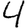
Digit: 4